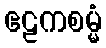
ဧဠကစမ္မံ